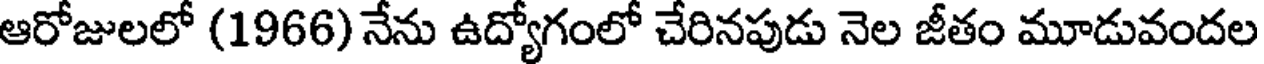
ఆరోజులలో (1966) నేను ఉద్యోగంలో చేరినపుడు నెల జీతం మూడువందల